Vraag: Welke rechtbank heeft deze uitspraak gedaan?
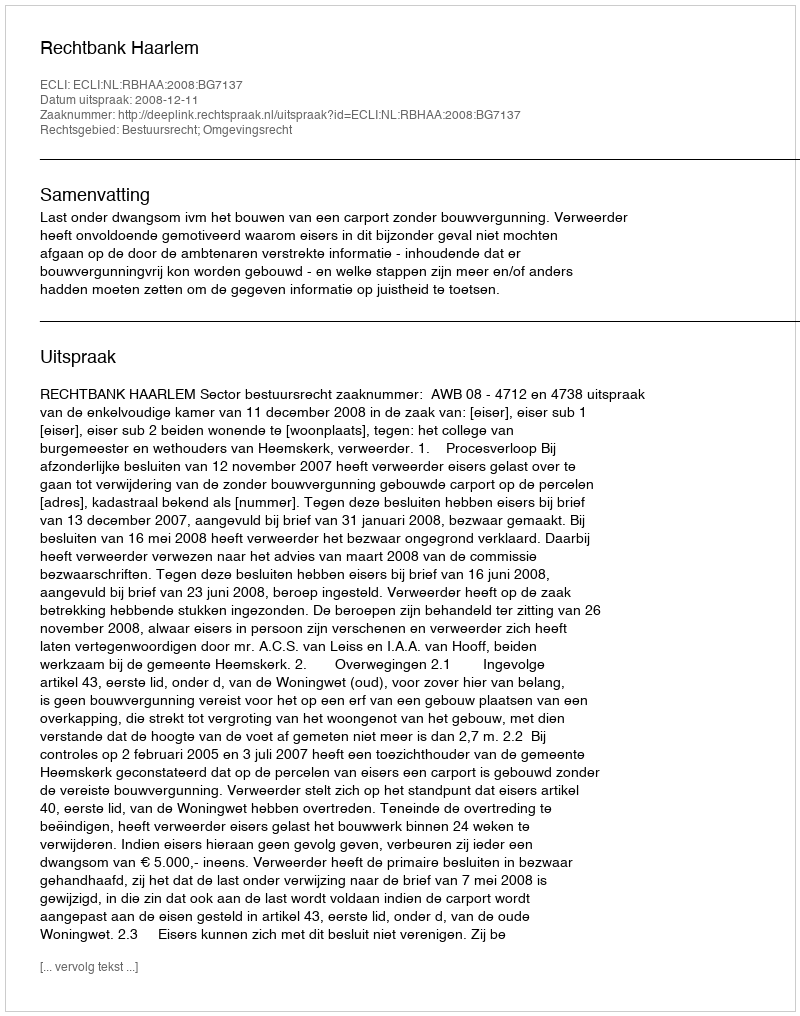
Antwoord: Rechtbank Haarlem